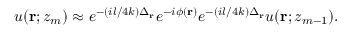
\begin{array} { r } { u ( \mathbf { r } ; z _ { m } ) \approx e ^ { - ( { i l } / { 4 k } ) \Delta _ { \mathbf { r } } } e ^ { - i \phi ( \mathbf { r } ) } e ^ { - ( { i l } / { 4 k } ) \Delta _ { \mathbf { r } } } u ( \mathbf { r } ; z _ { m - 1 } ) . } \end{array}